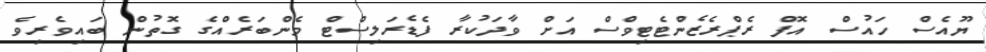
ޔޫއެސް ހައުސް އޮފް ރެޕްރެޒެންޓެޓިވްސް އަށް ވާދަކުރާ ފެޑެރަލިސްޓް މެންބަރެއްގެ ގޮތުން ބައިވެރިވެ